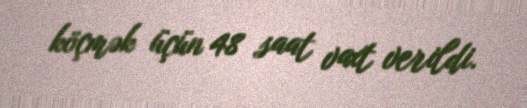
köçmək üçün 48 saat vaxt verildi.